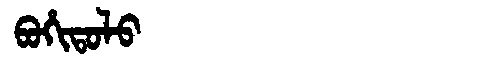
Manchu: ᠪᠣᡥᡳᡨᠣᠯᠣ
Romanization: BOHITOLO